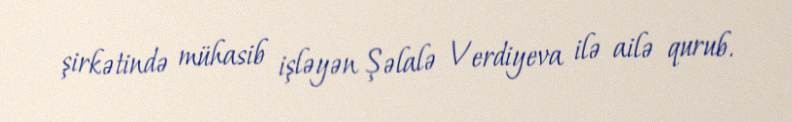
şirkətində mühasib işləyən Şəlalə Verdiyeva ilə ailə qurub.